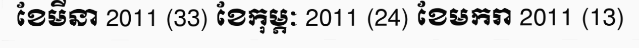
ខែមីនា 2011 (33) ខែកុម្ភៈ 2011 (24) ខែមករា 2011 (13)